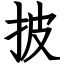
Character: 披